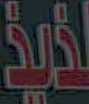
لذيذ